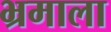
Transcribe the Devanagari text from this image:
भ्रमाला